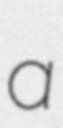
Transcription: a